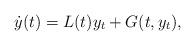
LaTeX: \begin{align*} \dot{y}(t) = L(t)y_t + G(t,y_t),\\\end{align*}